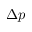
\Delta p